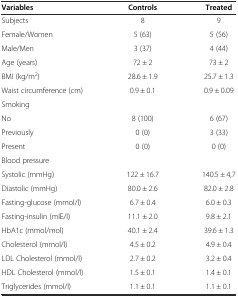
<table><thead><tr><td><b>Variables</b></td><td><b>Controls</b></td><td><b>Treated</b></td></tr></thead><tbody><tr><td>Subjects</td><td>8</td><td>9</td></tr><tr><td>Female/Women</td><td>5 (63)</td><td>5 (56)</td></tr><tr><td>Male/Men</td><td>3 (37)</td><td>4 (44)</td></tr><tr><td>Age (years)</td><td>72 ± 2</td><td>73 ± 2</td></tr><tr><td>BMI (kg/m<sup>2</sup>)</td><td>28.6 ± 1.9</td><td>25.7 ± 1.3</td></tr><tr><td>Waist circumference (cm)</td><td>0.9 ± 0.1</td><td>0.9 ± 0.09</td></tr><tr><td>Smoking</td><td></td><td></td></tr><tr><td>No</td><td>8 (100)</td><td>6 (67)</td></tr><tr><td>Previously</td><td>0 (0)</td><td>3 (33)</td></tr><tr><td>Present</td><td>0 (0)</td><td>0 (0)</td></tr><tr><td>Blood pressure</td><td></td><td></td></tr><tr><td>Systolic (mmHg)</td><td>122 ± 16.7</td><td>140.5 ± 4,7</td></tr><tr><td>Diastolic (mmHg)</td><td>80.0 ± 2.6</td><td>82.0 ± 2.8</td></tr><tr><td>Fasting-glucose (mmol/l)</td><td>6.7 ± 0.4</td><td>6.0 ± 0.3</td></tr><tr><td>Fasting-insulin (mlE/l)</td><td>11.1 ± 2.0</td><td>9.8 ± 2.1</td></tr><tr><td>HbA1c (mmol/mol)</td><td>40.1 ± 2.4</td><td>39.6 ± 1.3</td></tr><tr><td>Cholesterol (mmol/l)</td><td>4.5 ± 0.2</td><td>4.9 ± 0.4</td></tr><tr><td>LDL Cholesterol (mmol/l)</td><td>2.7 ± 0.2</td><td>3.2 ± 0.4</td></tr><tr><td>HDL Cholesterol (mmol/l)</td><td>1.5 ± 0.1</td><td>1.4 ± 0.1</td></tr><tr><td>Triglycerides (mmol/l)</td><td>1.1 ± 0.1</td><td>1.1 ± 0.1</td></tr></tbody></table>